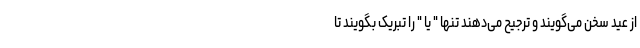
از عید سخن می‌گویند و ترجیح می‌دهند تنها " یا " را تبریک بگویند تا